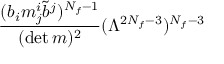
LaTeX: \frac { ( b _ { i } m _ { j } ^ { i } \tilde { b } ^ { { j } } ) ^ { N _ { f } - 1 } } { ( \operatorname * { d e t } m ) ^ { 2 } } ( \Lambda ^ { 2 N _ { f } - 3 } ) ^ { N _ { f } - 3 }